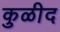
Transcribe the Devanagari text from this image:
कुळीद